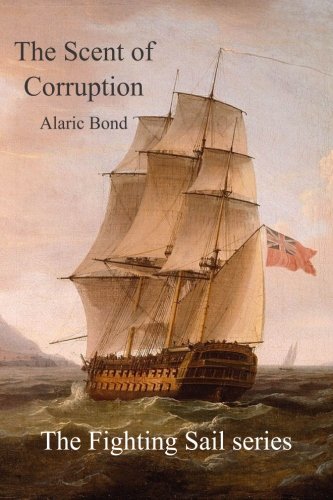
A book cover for The Scent of Corruption (The Fighting Sail Series) (Volume 7); Alaric Bond; Literature & Fiction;